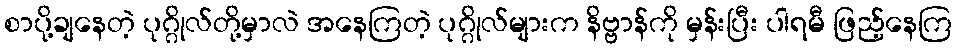
စာပို့ချနေတဲ့ ပုဂ္ဂိုလ်တို့မှာလဲ အနေကြတဲ့ ပုဂ္ဂိုလ်များက နိဗ္ဗာန်ကို မှန်းပြီး ပါရမီ ဖြည့်နေကြ